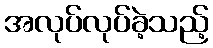
အလုပ်လုပ်ခဲ့သည့်